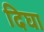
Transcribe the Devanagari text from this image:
दिघा